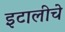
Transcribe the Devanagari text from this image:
इटालीचे